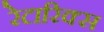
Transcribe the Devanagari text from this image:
रेटारिक्स